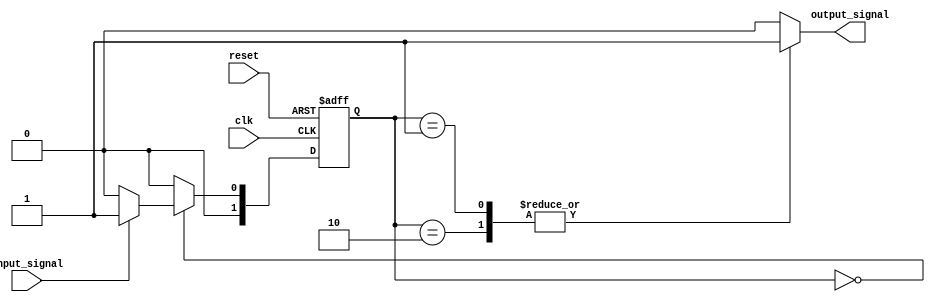
module Mealy_State_Machine (
    input wire clk,
    input wire reset,
    input wire input_signal,
    output reg output_signal
);

// State definitions
parameter S0 = 2'b00;
parameter S1 = 2'b01;
parameter S2 = 2'b10;

// State register
reg [1:0] state;
reg next_state;

// Output logic
always @ (state, input_signal) begin
    case (state)
        S0: begin
            if (input_signal)
                next_state = S1;
            else
                next_state = S0;
            output_signal = 0;
        end
        S1: begin
            if (input_signal)
                next_state = S2;
            else
                next_state = S0;
            output_signal = 1;
        end
        S2: begin
            if (input_signal)
                next_state = S2;
            else
                next_state = S0;
            output_signal = 1;
        end
        default: begin
            next_state = S0;
            output_signal = 0;
        end
    endcase
end

// State transition
always @ (posedge clk or posedge reset) begin
    if (reset)
        state <= S0;
    else
        state <= next_state;
end

endmodule